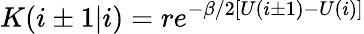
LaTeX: K(i\pm 1|i)=re^{-\beta/2[U(i\pm 1)-U(i)]}